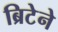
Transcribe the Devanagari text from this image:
ब्रिटेने